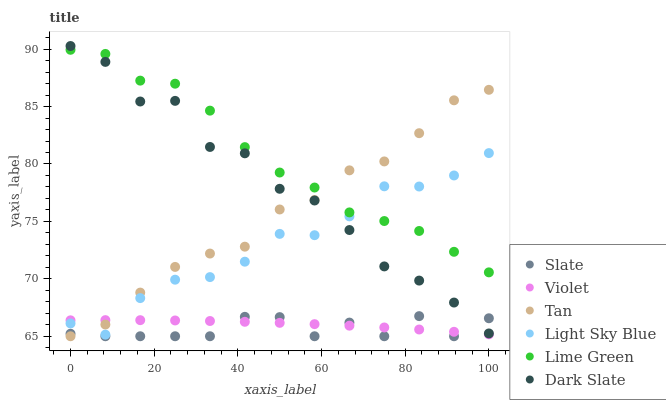
| xaxis_label | Slate | Violet | Tan | Light Sky Blue | Lime Green | Dark Slate |
 | --- | --- | --- | --- | --- | --- | --- |
 | 0 | 65.2 | 66.4 | 65 | 66.1 | 89.9 | 90.3 |
 | 8.33 | 65 | 66.4 | 66 | 65.1 | 89.6 | 88.9 |
 | 16.7 | 65 | 66.4 | 68.8 | 68.3 | 87.3 | 85.4 |
 | 25 | 65 | 66.4 | 71 | 69.9 | 87 | 85.5 |
 | 33.3 | 65 | 66.3 | 72.2 | 70.2 | 84.6 | 81.5 |
 | 41.7 | 66.7 | 66.3 | 72.8 | 71.5 | 81.5 | 80.9 |
 | 50 | 66.7 | 66.2 | 76 | 73.9 | 79.3 | 77.8 |
 | 58.3 | 65 | 66.1 | 76.9 | 73.8 | 77.9 | 76.8 |
 | 66.7 | 66.2 | 65.9 | 79.4 | 75.4 | 75.8 | 74.2 |
 | 75 | 65 | 65.8 | 80.2 | 78.1 | 75 | 71.1 |
 | 83.3 | 66.8 | 65.6 | 82.7 | 78 | 74.2 | 69.8 |
 | 91.7 | 65 | 65.4 | 85.5 | 79 | 72.4 | 67.9 |
 | 100 | 66.6 | 65.2 | 86.5 | 80.9 | 70.6 | 65.2 |